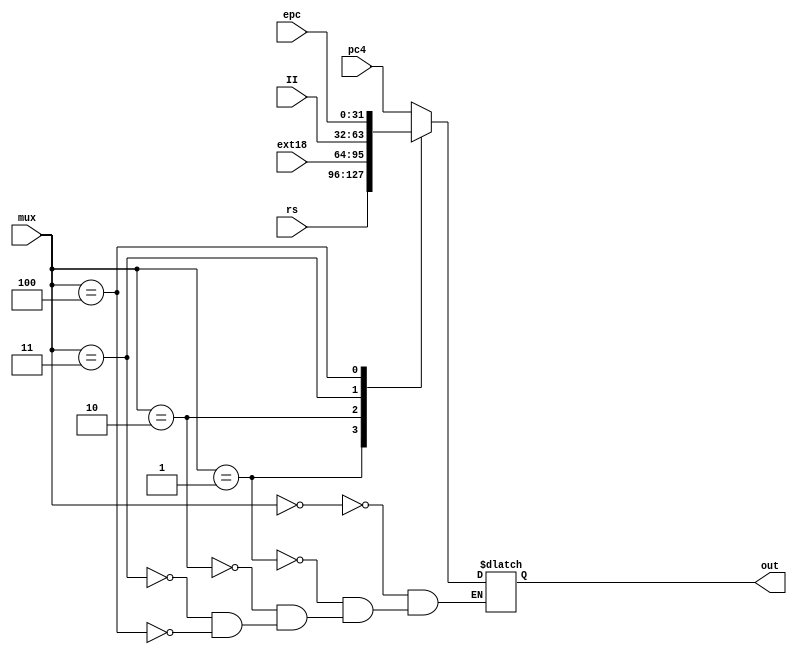
`timescale 1ns / 1ps
module mux_pc(
    input [31:0] pc4,
    input [31:0] rs,
    input [31:0] ext18,
    input [31:0] II,
    input [31:0] epc,
    input [7:0] mux,
    output reg [31:0] out
);
    parameter mux_pc_NPC=8'd0,mux_pc_Rs=8'd1,mux_pc_EXT18=8'd2,mux_pc_II=8'd3,mux_pc_EPC=8'd4;
    always@(*)
    begin
        case(mux)
        mux_pc_NPC:out<=pc4;
        mux_pc_Rs:out<=rs;
        mux_pc_EXT18:out<=ext18;
        mux_pc_II:out<=II;
        mux_pc_EPC:out<=epc;
        endcase
    end
endmodule
module mux_rf(
    input [31:0] alu,
    input [31:0] ext1,
    input [31:0] pc,
    input [31:0] clz,
    input [31:0] hi,
    input [31:0] lo,
    input [31:0] cpr,
    input [31:0] mul,
    input [31:0] clo,
    input [7:0] mux,
    output reg [31:0] out
);
    parameter mux_rf_ALU=8'd0,mux_rf_EXT1=8'd1,mux_rf_PC=8'd2,mux_rf_CLZ=8'd3,mux_rf_HI=8'd4,mux_rf_LO=8'd5,mux_rf_CPR=8'd6,mux_rf_MUL=8'd7,mux_rf_CLO=8'd8,mux_rf_O=8'd9,mux_rf_Z=8'd10;
    always@(*)
    begin
        case(mux)
        mux_rf_ALU:out<=alu;
        mux_rf_EXT1:out<=ext1;
        mux_rf_PC:out<=pc;
        mux_rf_CLZ:out<=clz;
        mux_rf_HI:out<=hi;
        mux_rf_LO:out<=lo;
        mux_rf_CPR:out<=cpr;
        mux_rf_MUL:out<=mul;
        mux_rf_CLO:out<=clo;
        mux_rf_O:out<=32'b1;
        mux_rf_Z:out<=32'b0;
        endcase
    end
endmodule
module mux_alu(
    input [31:0] rs,
    input [31:0] rt,
    input [31:0] ext5,
    input [31:0] ext16,
    input [31:0] pc,
    input [7:0] mux,
    output reg [31:0] a,
    output reg [31:0] b
);
    parameter mux_alu_Rs_Rt=8'd0,mux_alu_ext5_Rt=8'd1,mux_alu_Rs_EXT16=8'd2,mux_alu_x_EXT16=8'd3,mux_alu_Rs_0=8'd4;
    always@(*)
    begin
        case(mux)
        mux_alu_Rs_Rt:begin a<=rs;b<=rt;end
        mux_alu_ext5_Rt:begin a<=ext5;b<=rt;end
        mux_alu_Rs_EXT16:begin a<=rs;b<=ext16;end
        mux_alu_x_EXT16:begin a<=32'hxxxxxxxx;b<=ext16;end
        mux_alu_Rs_0:begin a<=rs;b<=32'b0;end
        endcase
    end
endmodule

module mux_hi(
    input [31:0] rs,
    input [31:0] div,
    input [31:0] divu,
    input [31:0] mult,
    input [31:0] multu,
    input [7:0] mux,
    output reg [31:0] out
);
    parameter mux_hi_Rs=8'd0,mux_hi_DIV=8'd1,mux_hi_DIVU=8'd2,mux_hi_MULT=8'd3,mux_hi_MULTU=8'd4;
    always@(*)
    begin
        case(mux)
        mux_hi_Rs:out<=rs;
        mux_hi_DIV:out<=div;
        mux_hi_DIVU:out<=divu;
        mux_hi_MULT:out<=mult;
        mux_hi_MULTU:out<=multu;
        endcase
    end
endmodule

module mux_lo(
    input [31:0] rs,
    input [31:0] div,
    input [31:0] divu,
    input [31:0] mult,
    input [31:0] multu,
    input [7:0] mux,
    output reg [31:0] out
);
    parameter mux_lo_Rs=8'd0,mux_lo_DIV=8'd1,mux_lo_DIVU=8'd2,mux_lo_MULT=8'd3,mux_lo_MULTU=8'd4;
    always@(*)
    begin
        case(mux)
        mux_lo_Rs:out<=rs;
        mux_lo_DIV:out<=div;
        mux_lo_DIVU:out<=divu;
        mux_lo_MULT:out<=mult;
        mux_lo_MULTU:out<=multu;
        endcase
    end
endmodule

module mux2_32(
    input [31:0] a,
    input [31:0] b,
    input choose,
    output reg [31:0] c
    );
    always @(*)
    begin
    case(choose)
        0:c <= a;
        1:c <= b;
        default:c <= 32'bz;
   endcase
   end
endmodule